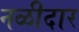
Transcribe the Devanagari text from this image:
नळीदार